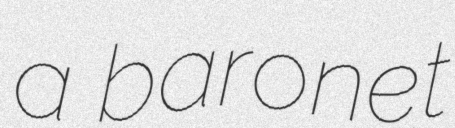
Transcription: a baronet